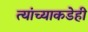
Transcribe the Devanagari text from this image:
त्यांच्याकडेही